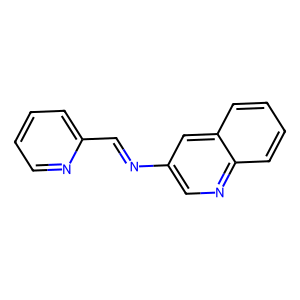
SMILES: C(=Nc1cnc2ccccc2c1)c1ccccn1
Inhibits HIV replication: No